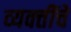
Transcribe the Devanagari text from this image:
व्‍यक्‍तींचे